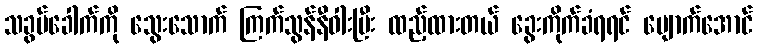
သခွပ်ခေါက်ကို သွေးသောက် ကြက်သွန်နီဝါးပြီး ထည့်ထားတယ် ခွေးကိုက်ခံရရင် ပျောက်အောင်